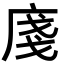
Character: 𢈽